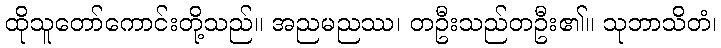
ထိုသူတော်ကောင်းတို့သည်။ အညမညဿ၊ တဦးသည်တဦး၏။ သုဘာသိတံ၊